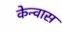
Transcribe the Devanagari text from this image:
केन्वास